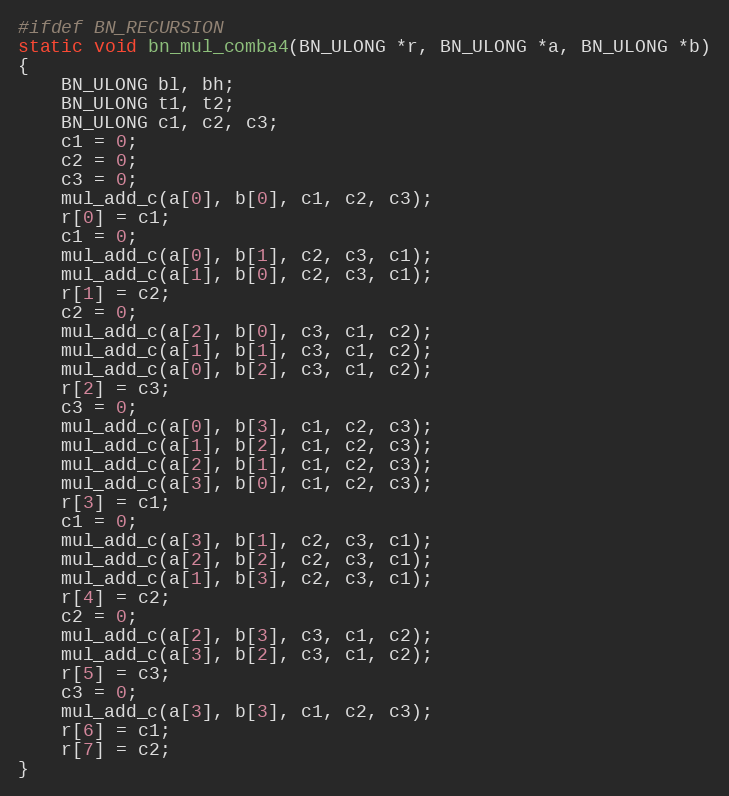
Language: C
#ifdef BN_RECURSION
static void bn_mul_comba4(BN_ULONG *r, BN_ULONG *a, BN_ULONG *b)
{
	BN_ULONG bl, bh;
	BN_ULONG t1, t2;
	BN_ULONG c1, c2, c3;
	c1 = 0;
	c2 = 0;
	c3 = 0;
	mul_add_c(a[0], b[0], c1, c2, c3);
	r[0] = c1;
	c1 = 0;
	mul_add_c(a[0], b[1], c2, c3, c1);
	mul_add_c(a[1], b[0], c2, c3, c1);
	r[1] = c2;
	c2 = 0;
	mul_add_c(a[2], b[0], c3, c1, c2);
	mul_add_c(a[1], b[1], c3, c1, c2);
	mul_add_c(a[0], b[2], c3, c1, c2);
	r[2] = c3;
	c3 = 0;
	mul_add_c(a[0], b[3], c1, c2, c3);
	mul_add_c(a[1], b[2], c1, c2, c3);
	mul_add_c(a[2], b[1], c1, c2, c3);
	mul_add_c(a[3], b[0], c1, c2, c3);
	r[3] = c1;
	c1 = 0;
	mul_add_c(a[3], b[1], c2, c3, c1);
	mul_add_c(a[2], b[2], c2, c3, c1);
	mul_add_c(a[1], b[3], c2, c3, c1);
	r[4] = c2;
	c2 = 0;
	mul_add_c(a[2], b[3], c3, c1, c2);
	mul_add_c(a[3], b[2], c3, c1, c2);
	r[5] = c3;
	c3 = 0;
	mul_add_c(a[3], b[3], c1, c2, c3);
	r[6] = c1;
	r[7] = c2;
}